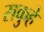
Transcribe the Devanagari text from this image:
सकुहे